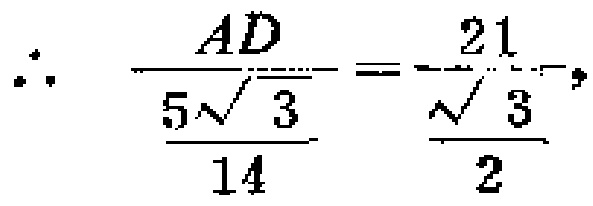
\[\therefore \frac{AD}{\frac{5\sqrt{3}}{14}}=\frac{21}{\frac{\sqrt{3}}{2}},\]